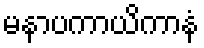
မနာပကာယိကာနံ